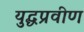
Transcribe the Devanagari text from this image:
युद्धप्रवीण